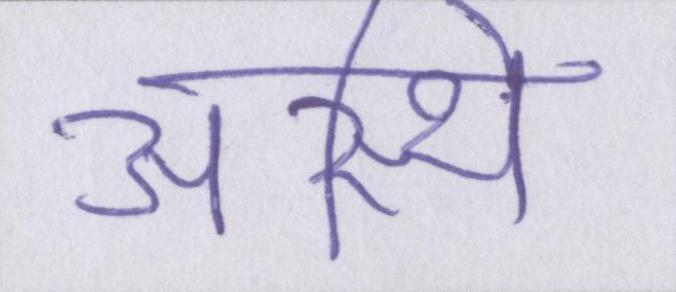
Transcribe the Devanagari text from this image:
अस्थि